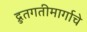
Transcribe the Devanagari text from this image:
द्रुतगतीमार्गाचे